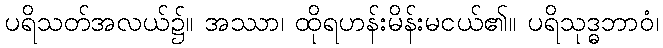
ပရိသတ်အလယ်၌။ အဿာ၊ ထိုရဟန်းမိန်းမငယ်၏။ ပရိသုဒ္ဓဘာဝံ၊